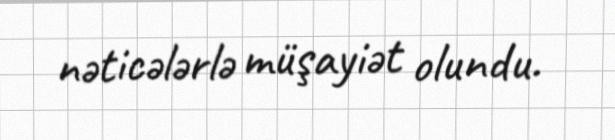
nəticələrlə müşayiət olundu.